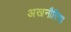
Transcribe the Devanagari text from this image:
अखनौरिया